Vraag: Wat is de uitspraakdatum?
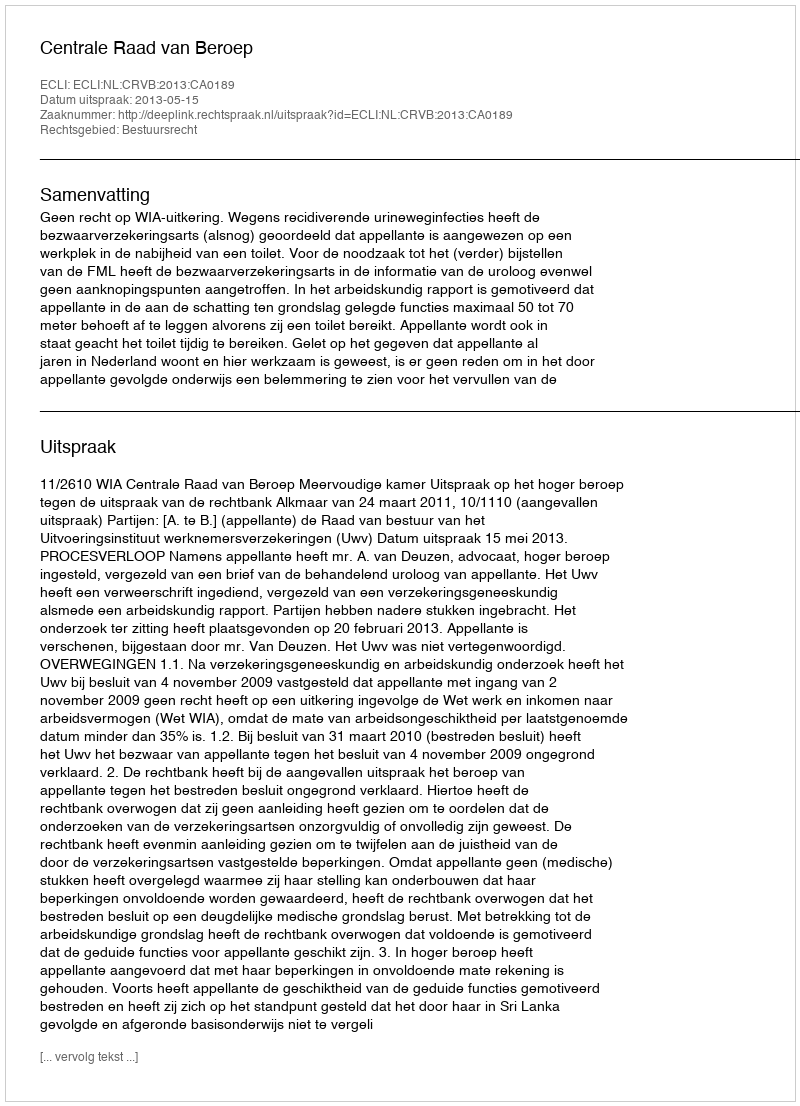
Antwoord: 2013-05-15